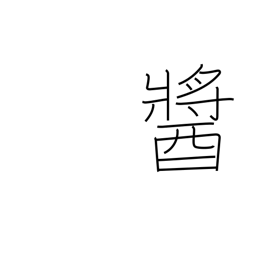
Meaning: any jam-like or paste-like food